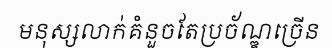
មនុស្សលាក់គំនួចតែប្រច័ណ្ឌច្រើន